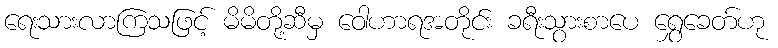
ရေးသားလာကြသဖြင့် မိမိတို့ဆီမှ ဝေါဟာရအတိုင်း ခရီးသွားစာပေ ရွှေခေတ်ဟု